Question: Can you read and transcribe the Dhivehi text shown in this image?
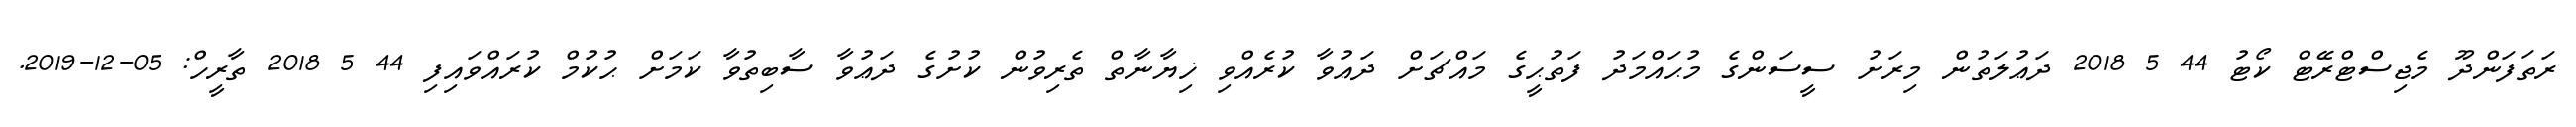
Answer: ރަތަފަންދޫ މެޖިސްޓްރޭޓް ކޯޓު 44 5 2018 ދަޢުލަތުން މިރަށު ސީސަންގެ މުޙައްމަދު ފަތުޙީގެ މައްޗަށް ދަޢުވާ ކުރެއްވި ޚިޔާނާތް ތެރިވުން ކުށުގެ ދަޢުވާ ސާބިތުވާ ކަމަށް ޙުކުމް ކުރައްވައިފި 44 5 2018 ތާރީހް: 05-12-2019.